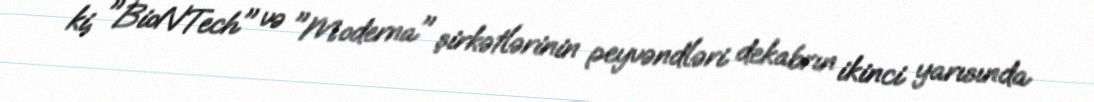
ki, "BioNTech" və "Moderna" şirkətlərinin peyvəndləri dekabrın ikinci yarısında